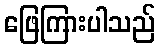
ဖြေကြားပါသည်